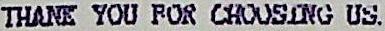
THANK YOU FOR CHOOSING US.